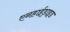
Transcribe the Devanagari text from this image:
एनहाईड्राइड